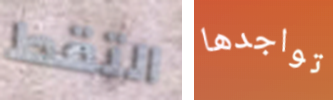
التقط تواجدها